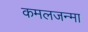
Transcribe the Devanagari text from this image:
कमलजन्मा